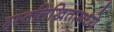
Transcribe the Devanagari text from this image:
हस्तलिखितामध्ये